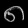
Digit: ၈